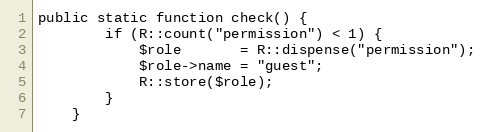
Language: PHP
public static function check() {
		if (R::count("permission") < 1) {
			$role       = R::dispense("permission");
			$role->name = "guest";
			R::store($role);
		}
	}